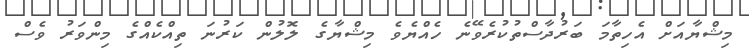
މިޝްޔާއަށް އެހިތާމަ ބަރުދާސްތުކުރެވޭނެ ހެއްޔެވެ މިޝްޔާގެ ލޮލުން ކަރުނަ ތިއްކެއްގެ މިންވަރު ވެސް